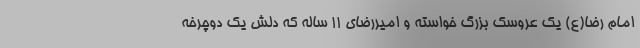
امام رضا(ع) یک عروسک بزرگ خواسته و امیررضای ۱۱ ساله که دلش یک دوچرخه